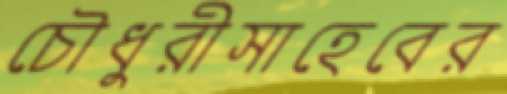
চৌধুরীসাহেবের